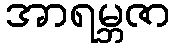
အာရမ္ဘဇာ